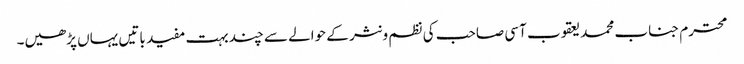
محترم جناب محمد یعقوب آسی صاحب کی نظم و نثر کے حوالے سے چند بہت مفید باتیں یہاں پڑھیں۔